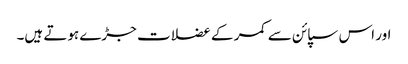
اور اس سپائن سے کمر کے عضلات جڑے ہوتے ہیں۔